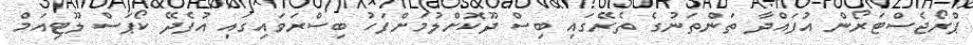
ޕްރޯޖެސްޓަރޯން އުފައްދާ ތަންތަނުގެ ތެރޭގައި ބިސް ދޫކޮށްލުމަށްފަހު ބިސްރަވައިގައި އުފެދޭ ކޯޕަސް ލޫޓިއަމް